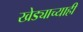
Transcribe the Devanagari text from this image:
खेड्याच्याही